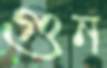
গুন